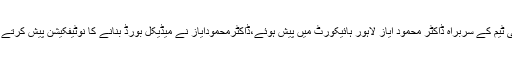
عدالت نے میڈیکل بورڈ ارکان کی رپورٹ جمع کروانے کا حکم دیا،نواز شریف کا علاج کرنیوالی ٹیم کے سربراہ ڈاکٹر محمود ایاز لاہور ہائیکورٹ میں پیش ہوئے،ڈاکٹرمحمودایاز نے میڈیکل بورڈ بنانے کا نوٹیفکیشن پیش کرتے ہوئے عدالت کو بتایا کہ ہم ابھی کچھ نہیں کہہ سکتے کہ نواز شریف کواس وقت کیابیماری ہے۔